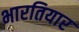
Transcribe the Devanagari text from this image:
भारतियार